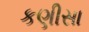
કણીસા